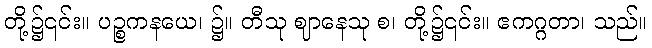
တို့၌၎င်း။ ပဉ္စကနယေ၊ ၌။ တီသု ဈာနေသု စ၊ တို့၌၎င်း။ ဧကဂ္ဂတာ၊ သည်။